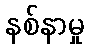
နစ်နာမှု